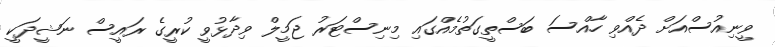
ވީނިއުސްއަށް ދެއްވި ހާއްސަ ބަސްތީގަތުމެއްްގައި މިނިސްޓަރު ޖަމީލް ވިދާޅުވީ ކުރީގެ ރައީސް ނަޝީދަކީ